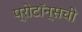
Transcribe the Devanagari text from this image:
प्रोटॉन्सची